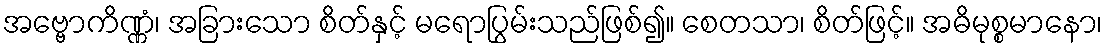
အဗ္ဗောကိဏ္ဏံ၊ အခြားသော စိတ်နှင့် မရောပြွမ်းသည်ဖြစ်၍။ စေတသာ၊ စိတ်ဖြင့်။ အဓိမုစ္စမာနော၊